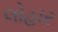
લોહાર